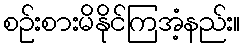
စဉ်းစားမိနိုင်ကြအံ့နည်း။